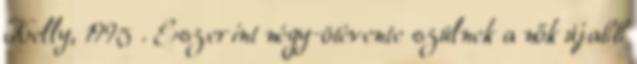
Kelly, 1995 . Eszerint négy-ötévente szülnek a nők újabb